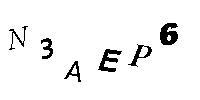
N3AEP6